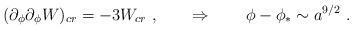
LaTeX: \begin{align*}(\partial_\phi \partial_\phi W)_{cr} = - 3 W_{cr}\ , \qquad \Rightarrow \qquad \phi - \phi_* \sim a^{9/2} \ . \end{align*}